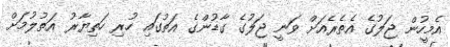
އެމީހުން ޖަލުގެ އެތެރެއަށް ވަނީ ޖަލުގެ ގާޑުންގެ އަތުގައި ހުރި ހަތިޔާރު އަތުލުމަށް